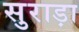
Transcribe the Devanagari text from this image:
सुराड़ा